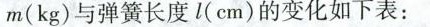
m(kg)与弹簧长度l(cm)的变化如下表：